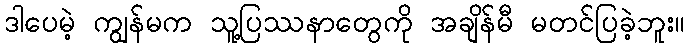
ဒါပေမဲ့ ကျွန်မက သူ့ပြဿနာတွေကို အချိန်မီ မတင်ပြခဲ့ဘူး။